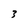
Character: 3